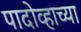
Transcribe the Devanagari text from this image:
पादोव्हाच्या